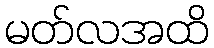
မတ်လအထိ